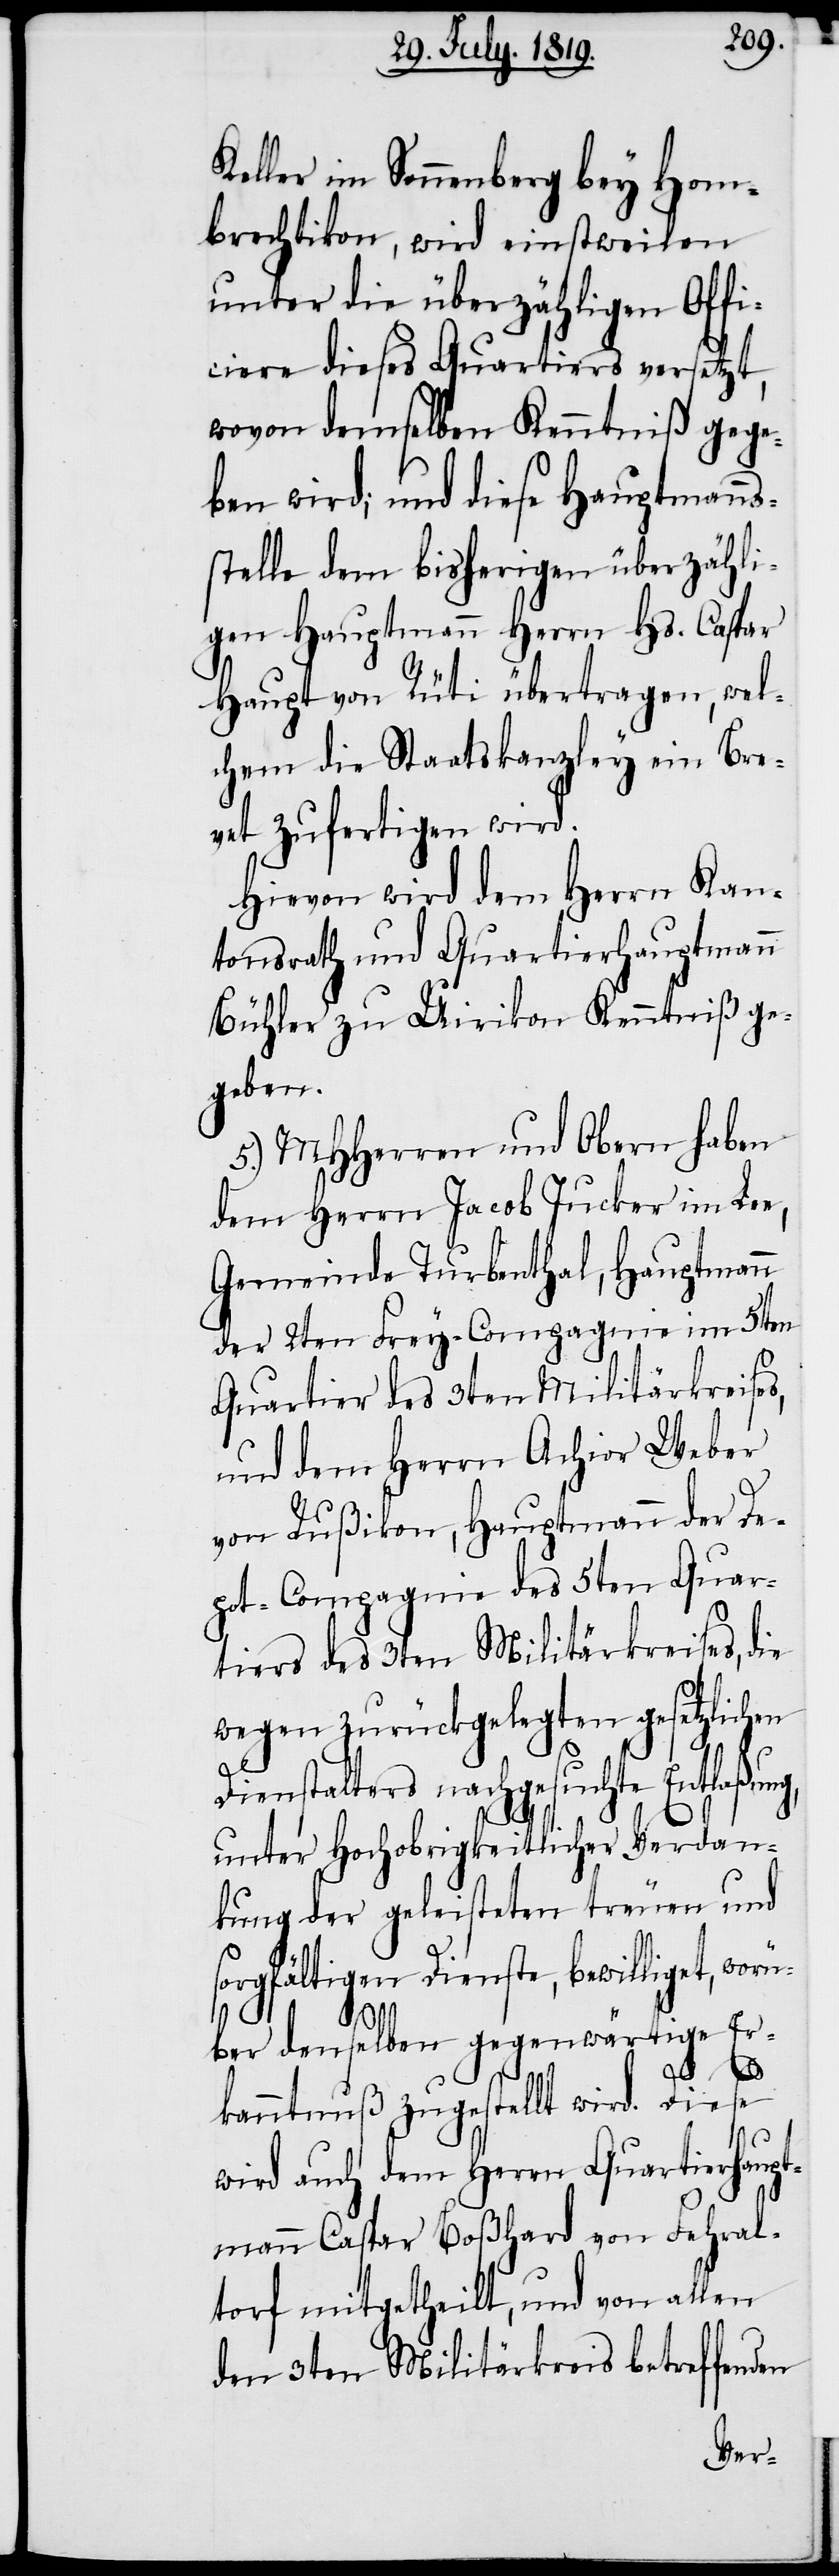
Keller im Sonnenberg bey Hom¬
brechtigkon, wird einstweilen
unter die überzähligen Offi¬
ciere dieses Quartiers versetzt,
wovon demselben Kenntniß gege¬
ben wird; und diese Hauptmanns¬
stelle dem bisherigen überzähli¬
gen Hauptmann Herrn Hs. Caspar
Haupt von Rüti übertragen, wel¬
chem die Staatskanzley ein Bre¬
vet zufertigen wird.
Hievon wird dem Herrn Kan¬
tonsrath und Quartierhauptmann
Bühler zu Uirikon Kenntniß ge¬
geben.
5.) MHHerren und Obern haben
dem Herrn Jacob Jucker im Lee,
Gemeinde Turbenthal, Hauptmann
der 2ten Frey-Compagnie im 5ten
Quartier des 3ten Militärkreises,
und dem Herrn Achior Weber
von Rußikon, Hauptmann der De¬
pot-Compagnie des 5ten Quar¬
tiers des 3ten Militärkreises, die
wegen zurückgelegten gesetzlichen
Dienstalters nachgesuchte Entlaßung,
unter Hochobrigkeitlicher Verdan¬
kung der geleisteten treuen und
sorgfältigen Dienste, bewilliget, worü¬
ber denselben gegenwärtige Er¬
kanntnuß zugestellt wird. Diese
wird auch dem Herrn Quartierhaupt¬
mann Caspar Boßhard von Fehral¬
torf mitgetheilt, und von allen
den 3ten Militärkreis betreffenden